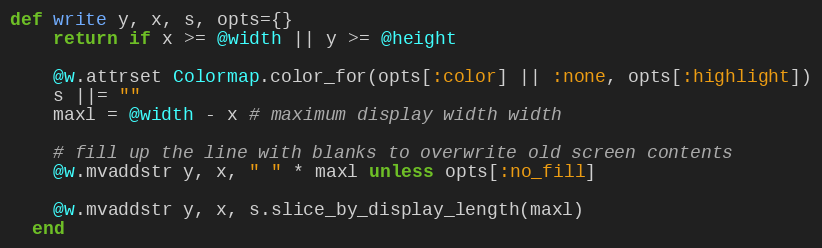
Language: Ruby
def write y, x, s, opts={}
    return if x >= @width || y >= @height

    @w.attrset Colormap.color_for(opts[:color] || :none, opts[:highlight])
    s ||= ""
    maxl = @width - x # maximum display width width

    # fill up the line with blanks to overwrite old screen contents
    @w.mvaddstr y, x, " " * maxl unless opts[:no_fill]

    @w.mvaddstr y, x, s.slice_by_display_length(maxl)
  end